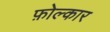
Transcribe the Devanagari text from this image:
फ़ोल्कार